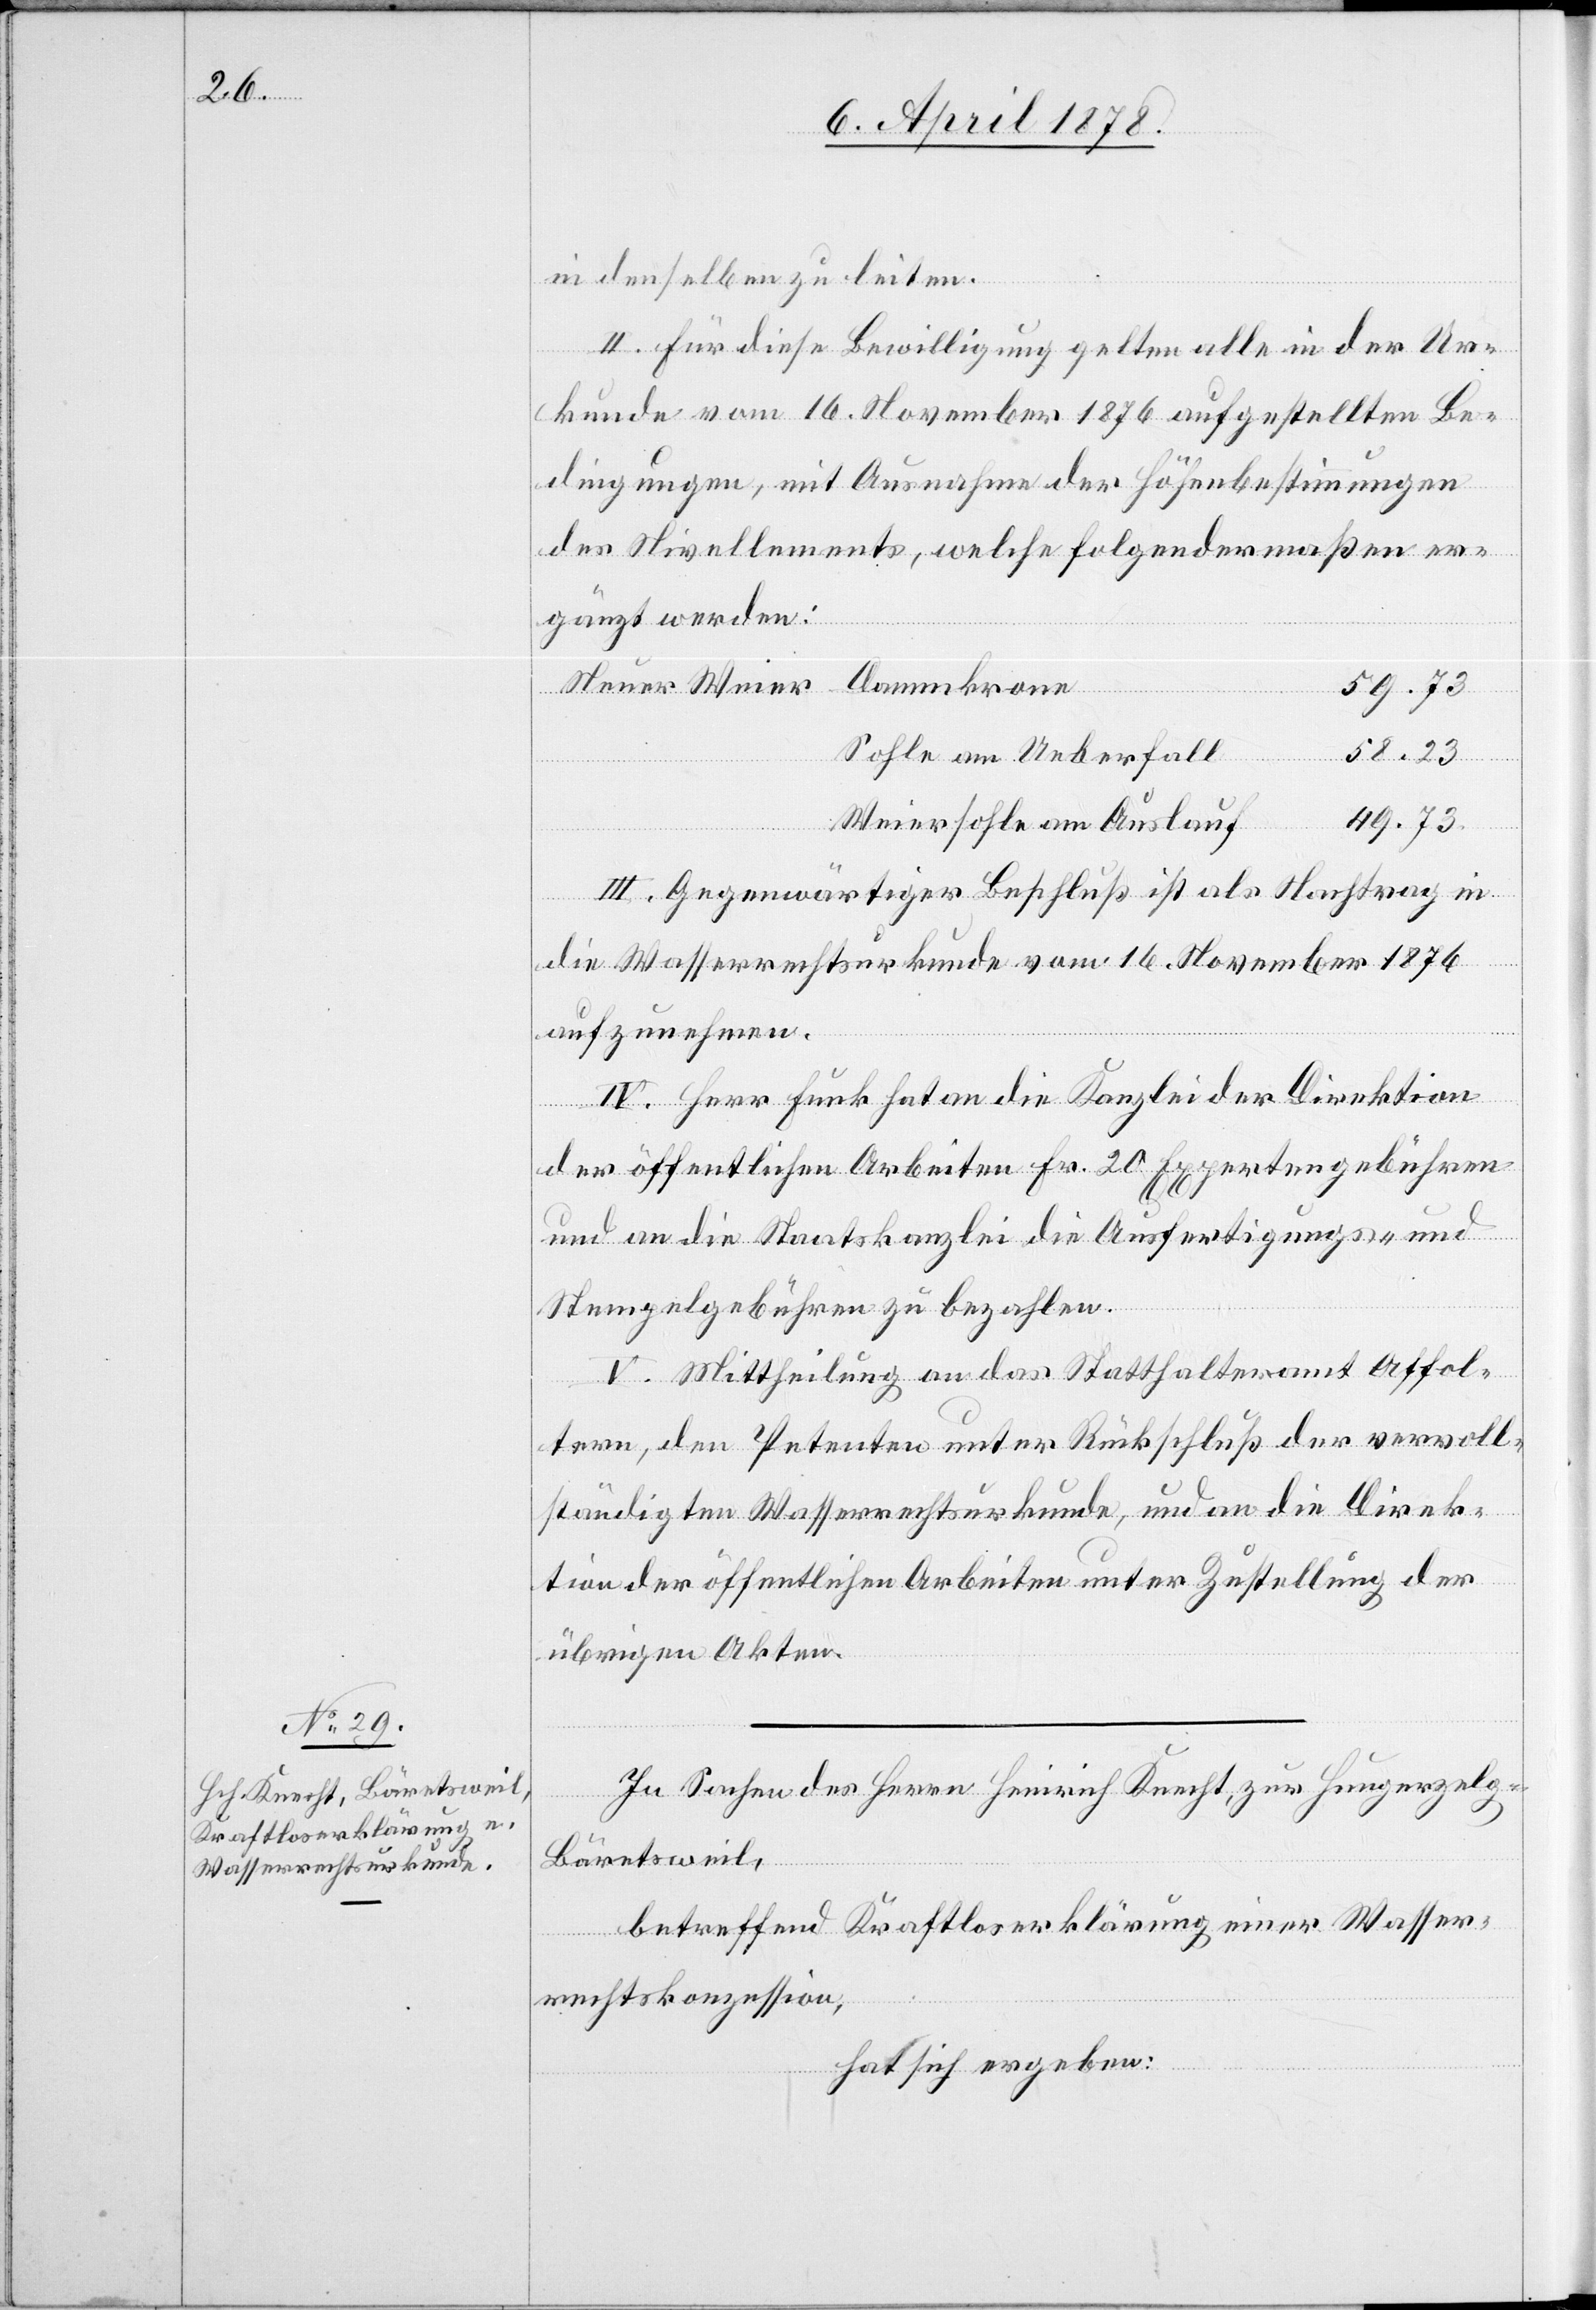
in denselben zu leiten.
II. Für diese Bewilligung gelten alle in der Ur¬
kunde vom 16. November 1876 aufgestellten Be¬
dingungen, mit Ausnahme der Höhenbestimmungen
des Nivellements, welche folgendermaßen er¬
Dammkrone
gänzt werden.
59.23
58.23
Sohle am Ueberfall
Weiersohle am Auslauf
49.73
III. Gegenwärtiger Beschluß ist als Nachtrag in
die Wasserrechtsurkunde vom 16. November 1876
aufzunehmen.
IV. Herr Funk hat an die Kanzlei der Direktion
Neuer
der öffentlichen Arbeiten Fr. 20 Expertengebühren
und an die Staatskanzlei die Ausfertigungs- und
Stempelgebühren zu bezahlen.
V. Mittheilung an das Statthalteramt Affol¬
tern, den Petenten unter Rückschluß der vervoll¬
ständigten Wasserrechtsurkunde, und an die Direk¬
tion der öffentlichen Arbeiten unter Zustellung der
übrigen Akten.
In Sachen des Herrn Heinrich Knecht, zur Hungerzelg
Bäretsweil,
betreffend Kraftloserklärung einer Wasser¬
rechtskonzession,
hat sich ergeben: